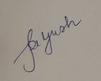
Signature authenticity: genuine